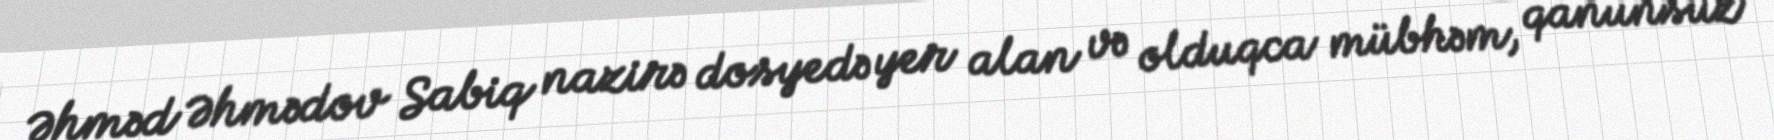
Əhməd Əhmədov Sabiq nazirə dosyedə yer alan və olduqca mübhəm, qanunsuz